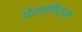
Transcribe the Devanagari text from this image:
पेलागिउस